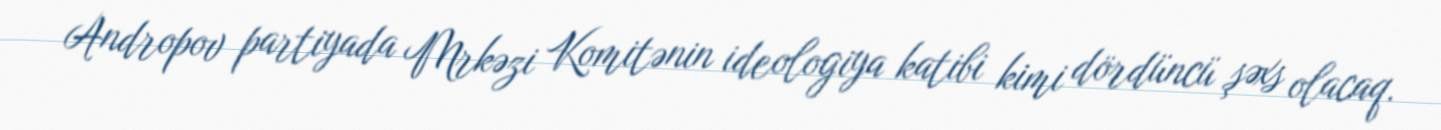
Andropov partiyada Mrkəzi Komitənin ideologiya katibi kimi dördüncü şəxs olacaq.